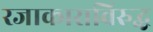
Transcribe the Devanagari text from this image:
रजाकाराविरुद्ध